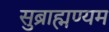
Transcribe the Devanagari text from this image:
सुब्राह्मण्यम